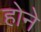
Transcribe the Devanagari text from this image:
हाेने